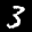
Label: 3